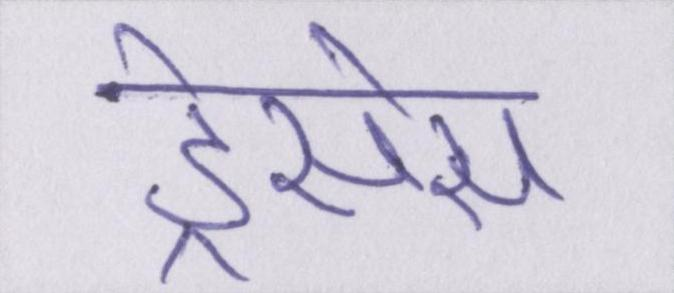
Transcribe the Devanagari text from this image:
ड्रेसेस